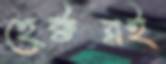
হেক্টরই